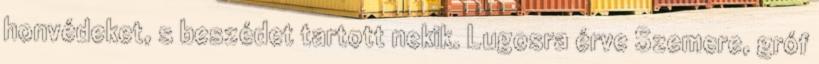
honvédeket, s beszédet tartott nekik. Lugosra érve Szemere, gróf